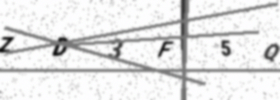
Text: ZD3F5Q